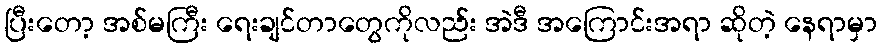
ပြီးတော့ အစ်မကြီး ရေးချင်တာတွေကိုလည်း အဲဒီ အကြောင်းအရာ ဆိုတဲ့ နေရာမှာ